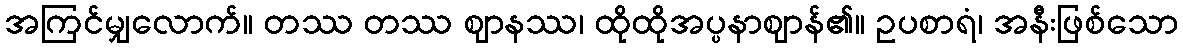
အကြင်မျှလောက်။ တဿ တဿ ဈာနဿ၊ ထိုထိုအပ္ပနာဈာန်၏။ ဥပစာရံ၊ အနီးဖြစ်သော